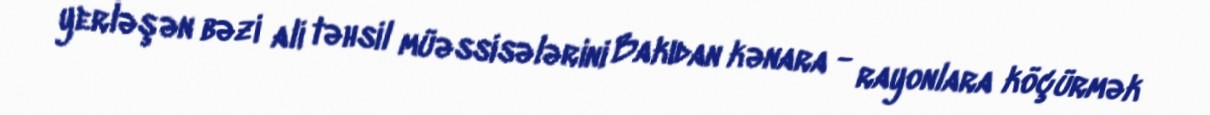
yerləşən bəzi ali təhsil müəssisələrini Bakıdan kənara - rayonlara köçürmək